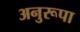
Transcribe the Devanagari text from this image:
अनुरूपा